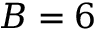
B = 6